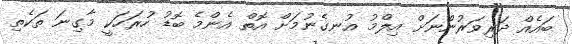
ބައެއް ދަރިވަރުންނަށް އިލްމު އުނގެނުމަށް އޮތް އެންމެ ބޮޑު ހުރަހަކީ މާގިނަ ތަކެތި